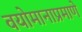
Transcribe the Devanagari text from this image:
वयोमानाप्रमाणे